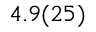
4 . 9 ( 2 5 )